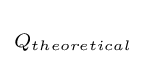
\scriptstyle Q_{theoretical}